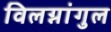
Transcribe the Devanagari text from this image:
विलग्नांगुल